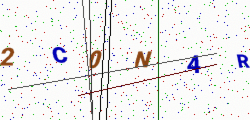
Text: 2C0N4R